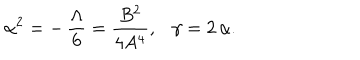
\alpha ^ { 2 } = - \, \frac { \Lambda } { 6 } = \frac { B ^ { 2 } } { 4 A ^ { 4 } } , \ \ \ \gamma = 2 \, \alpha .